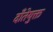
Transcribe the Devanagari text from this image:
दाँतेयुक्त